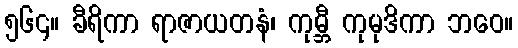
၅၆၄။ ခီရိကာ ရာဇာယတနံ၊ ကုမ္ဘီ ကုမုဒိကာ ဘဝေ။